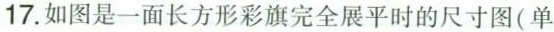
17.如图是一面长方形彩旗完全展平时的尺寸图(单